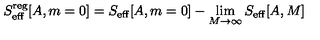
S _ { \mathrm { e f f } } ^ { \mathrm { r e g } } [ A , m = 0 ] = S _ { \mathrm { e f f } } [ A , m = 0 ] - \lim _ { M \to \infty } S _ { \mathrm { e f f } } [ A , M ]